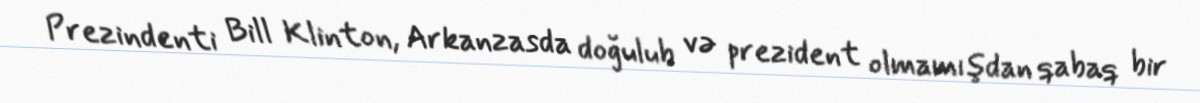
Prezindenti Bill Klinton, Arkanzasda doğulub və prezident olmamışdan qabaq bir